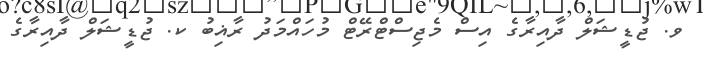
ވ. ޖުޑީޝަލް ދާއިރާގެ އިސް މެޖިސްޓްރޭޓް މުހައްމަދު ރާޣިބު ކ. ޖުޑީޝަލް ދާއިރާގެ